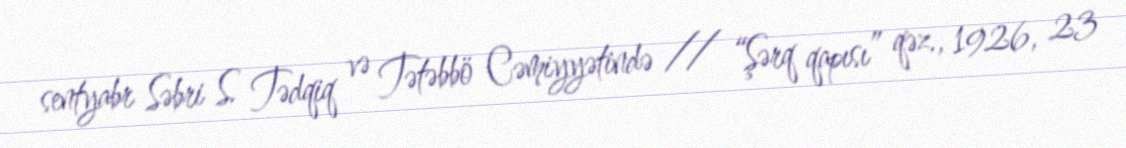
sentyabr Səbri S. Tədqiq və Tətəbbö Cəmiyyətində // “Şərq qapısı” qəz., 1926, 23